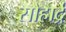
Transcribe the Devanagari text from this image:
सौहार्द्र